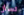
تسأل